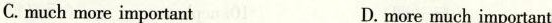
C. much more important D. more much important